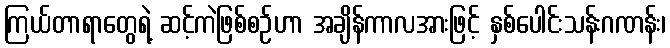
ကြယ်တာရာတွေရဲ့ ဆင့်ကဲဖြစ်စဉ်ဟာ အချိန်ကာလအားဖြင့် နှစ်ပေါင်းသန်းဂဏန်း၊